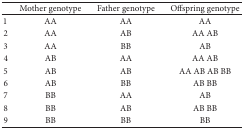
|  | Mother genotype | Father genotype | Offspring genotype |
 | --- | --- | --- | --- |
 | 1 | AA | AA | AA |
 | 2 | AA | AB | AA AB |
 | 3 | AA | BB | AB |
 | 4 | AB | AA | AA AB |
 | 5 | AB | AB | AA AB AB BB |
 | 6 | AB | BB | AB BB |
 | 7 | BB | AA | AB |
 | 8 | BB | AB | AB BB |
 | 9 | BB | BB | BB |